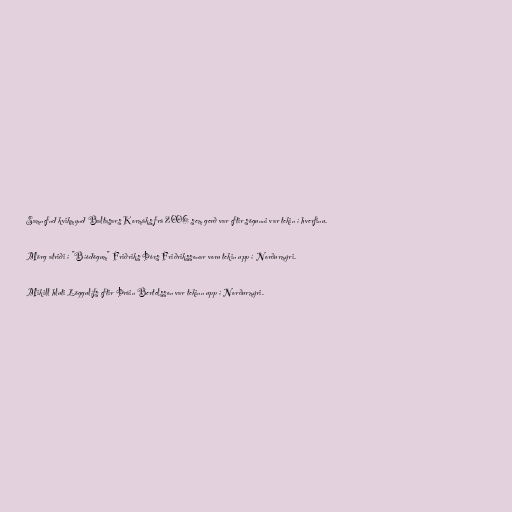
Samnefnd kvikmynd Baltasars Kormáks frá 2006 sem gerð var eftir sögunni var tekin í hverfinu.

Mörg atriði í "Bíódögum" Friðriks Þórs Friðrikssonar voru tekin upp í Norðurmýri.

Mikill hluti Löggulífs eftir Þráin Bertelsson var tekinn upp í Norðurmýri.